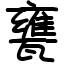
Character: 甕